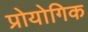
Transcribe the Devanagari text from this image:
प्रोयोगिक